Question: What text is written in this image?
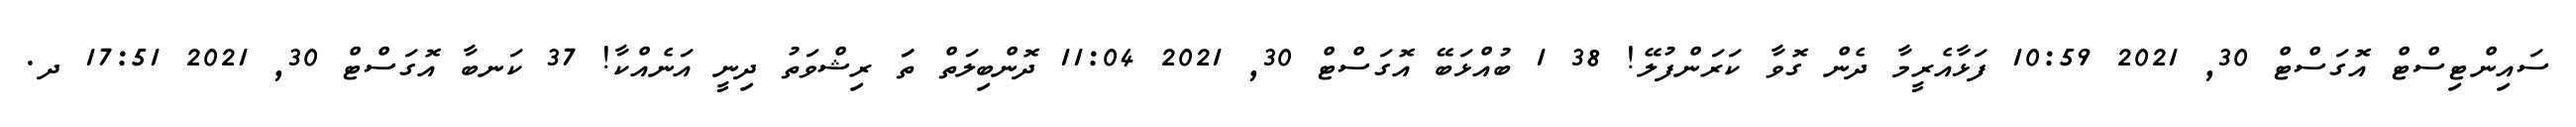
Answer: ސައިންޓިސްޓް އޮގަސްޓް 30, 2021 10:59 ފަޅާއެރީމާ ދެން ގޮވާ ކަރަންފުލޭ! 38 1 ބުއްޅަބޭ އޮގަސްޓް 30, 2021 11:04 ދޮންބިލަތް ތަަ ރިޝްވަތު ދިނީ އަނެއްކާ! 37 ކަނބާ އޮގަސްޓް 30, 2021 17:51 ދ.